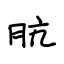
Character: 肮